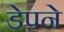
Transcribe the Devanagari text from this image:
डेपने